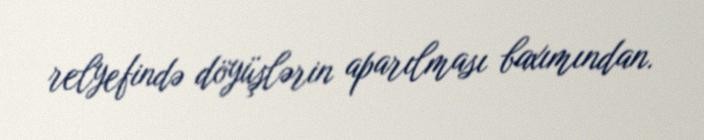
relyefində döyüşlərin aparılması baxımından.